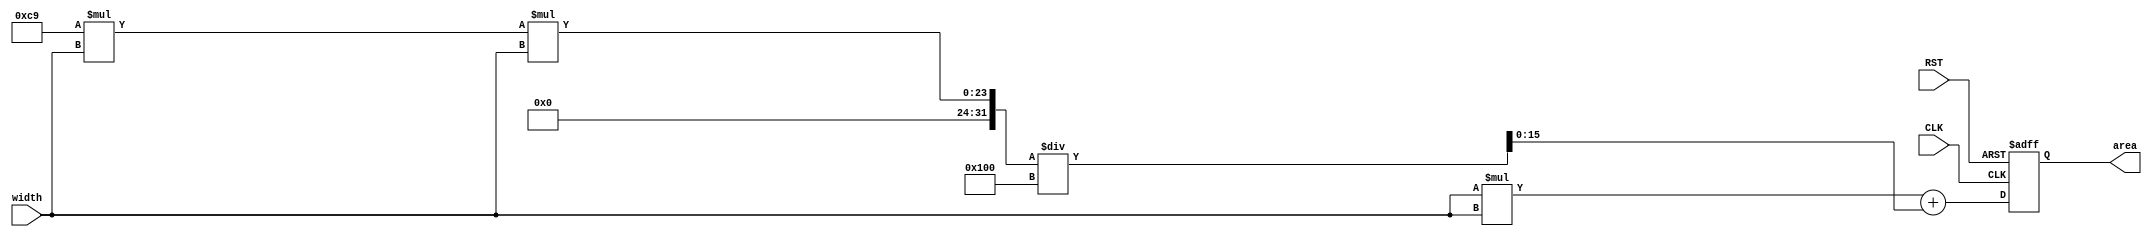
/***********************************************
Module Name:   function_total
Feature:       Area calculation with 2 functions with circle and square
               And function calling function was shown
Coder:         Garfield
Organization:  XXXX Group, Department of Architecture
------------------------------------------------------
Input ports:   CLK, 1 bit, clock
               RST, 1 bit, reset
               width, 8 bits, width length, unsiged
                     one void value in one clock
Output Ports:  area, 16 bits, area value with the sharp
------------------------------------------------------
History:
01-29-2016: First Version by Garfield
01-29-2016: First verified by Function_test
***********************************************/

module function_total
  ( 
    input CLK, input RST,
    input[7:0] width,
    output reg[16:0]area
  );
  
//Load other module(s)

//Definition for Variables in the module

//Functions for area calculation
function[15:0] circle(input[7:0] diameter);
begin
    circle = (24'd201 * {16'h0, diameter} * {16'h0, diameter}) / 256;
end
endfunction

function[15:0] square(input[7:0] width);
begin
    square = {8'h0, width} * {8'h0, width};
end
endfunction

function[16:0] total(input[7:0] width);
begin
    total = {2'h0, square(width)} + {2'h0, circle(width)};
end
endfunction

//Logical
always @(posedge CLK, negedge RST)
begin
    if (!RST)
    //Reset
    begin
       area <= 17'h0000;
    end
    else 
    //Data comes
    begin
        area <= total(width);
    end
end

endmodule